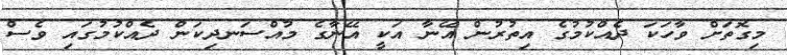
މިގޮތަށް ވާހަކަ ދެއްކުމުގެ އިތުރުން އޭނާ އަކީ އޭނާގެ މުއްސަނދިކަން ދެއްކުމުގައި ވެސް